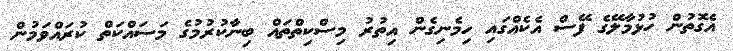
އެގޮތުން ހުޅުމާލޭގެ ފޭސް އެކެއްގައި ހިމެނިގެން އިތުރު މިސްކިތްތައް ބިނާކުރުމުގެ މަސައްކަތް ކުރައްވަމުން